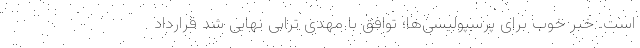
است. خبر خوب برای پرسپولیسی‌ها؛ توافق با مهدی ترابی نهایی شد قرارداد